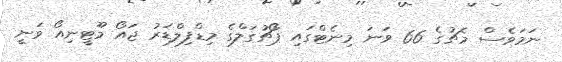
ނަމަވެސް މެޗުގެ 66 ވަނަ މިނެޓްގައިި ޕޯޗުގަލްގެ މިޑްފިލްޑަރު ޖައޯ މޫޓީނިއޯ ވަނީ